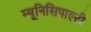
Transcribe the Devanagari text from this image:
म्यूनिसिपाल्टी